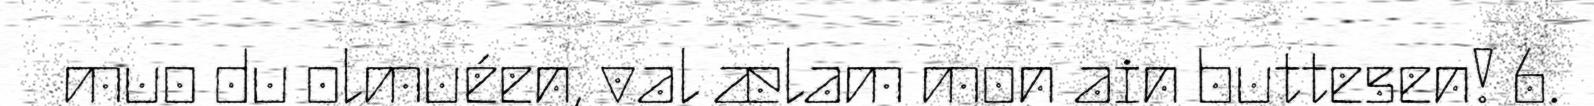
muo du olmuéen, val ælam mon ain buttesen! 6.